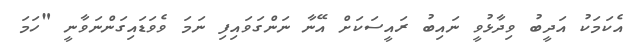
އެކަމަކު އަދީބު ވިދާޅުވީ ނައިބު ރައީސަކަށް އޭނާ ނަންގަވައިފި ނަމަ ވެވަޑައިގަންނަވާނީ "ހަމަ